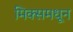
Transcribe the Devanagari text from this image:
मिक्समधून